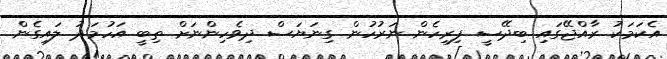
އެކަމަކު ރާއްޖޭގައި ބިދޭސީ ފިރިހެން ނަރުހުން ގިނަޔަސް ދިވެހިންނަށް ތިބީ އަހުމަދު ލައިގެން